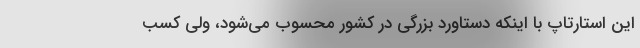
این استارتاپ با اینکه دستاورد بزرگی در کشور محسوب می‌شود، ولی کسب